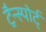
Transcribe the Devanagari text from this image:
ट्रैन्स्पोर्ट्